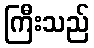
ကြီးသည်